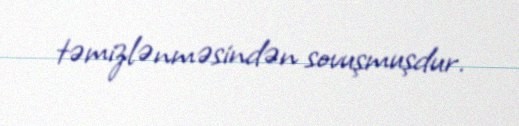
təmizlənməsindən sovuşmuşdur.